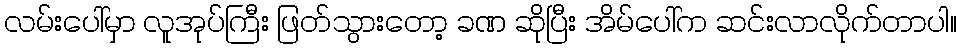
လမ်းပေါ်မှာ လူအုပ်ကြီး ဖြတ်သွားတော့ ခဏ ဆိုပြီး အိမ်ပေါ်က ဆင်းလာလိုက်တာပါ။